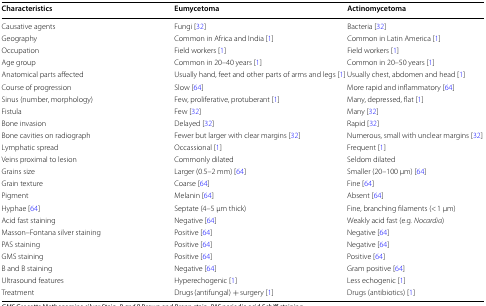
<table><thead><tr><td><b>Characteristics</b></td><td><b>Eumycetoma</b></td><td><b>Actinomycetoma</b></td></tr></thead><tbody><tr><td>Causative agents</td><td>Fungi [32]</td><td>Bacteria [32]</td></tr><tr><td>Geography</td><td>Common in Africa and India [1]</td><td>Common in Latin America [1]</td></tr><tr><td>Occupation</td><td>Field workers [1]</td><td>Field workers [1]</td></tr><tr><td>Age group</td><td>Common in 20–40 years [1]</td><td>Common in 20–50 years [1]</td></tr><tr><td>Anatomical parts affected</td><td>Usually hand, feet and other parts of arms and legs [1]</td><td>Usually chest, abdomen and head [1]</td></tr><tr><td>Course of progression</td><td>Slow [64]</td><td>More rapid and inflammatory [64]</td></tr><tr><td>Sinus (number, morphology)</td><td>Few, proliferative, protuberant [1]</td><td>Many, depressed, flat [1]</td></tr><tr><td>Fistula</td><td>Few [32]</td><td>Many [32]</td></tr><tr><td>Bone invasion</td><td>Delayed [32]</td><td>Rapid [32]</td></tr><tr><td>Bone cavities on radiograph</td><td>Fewer but larger with clear margins [32]</td><td>Numerous, small with unclear margins [32]</td></tr><tr><td>Lymphatic spread</td><td>Occassional [1]</td><td>Frequent [1]</td></tr><tr><td>Veins proximal to lesion</td><td>Commonly dilated</td><td>Seldom dilated</td></tr><tr><td>Grains size</td><td>Larger (0.5–2 mm) [64]</td><td>Smaller (20–100 μm) [64]</td></tr><tr><td>Grain texture</td><td>Coarse [64]</td><td>Fine [64]</td></tr><tr><td>Pigment</td><td>Melanin [64]</td><td>Absent [64]</td></tr><tr><td>Hyphae [64]</td><td>Septate (4–5 μm thick)</td><td>Fine, branching filaments (&lt; 1 μm)</td></tr><tr><td>Acid fast staining</td><td>Negative [64]</td><td>Weakly acid fast (e.g. <i>Nocardia</i>)</td></tr><tr><td>Masson–Fontana silver staining</td><td>Positive [64]</td><td>Negative [64]</td></tr><tr><td>PAS staining</td><td>Positive [64]</td><td>Negative [64]</td></tr><tr><td>GMS staining</td><td>Positive [64]</td><td>Positive [64]</td></tr><tr><td>B and B staining</td><td>Negative [64]</td><td>Gram positive [64]</td></tr><tr><td>Ultrasound features</td><td>Hyperechogenic [1]</td><td>Less echogenic [1]</td></tr><tr><td>Treatment</td><td>Drugs (antifungal) + surgery [1]</td><td>Drugs (antibiotics) [1]</td></tr></tbody></table>